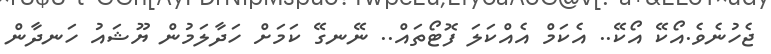
ޖެހުނެވެ.އޯކޭ އޯކޭ.. އެކަމް އެއްކަލަ ފޮޓޯތައް.. ނޭނގޭ ކަމަށް ހަދާލަމުން ޔޫޝައު ހަނދާން